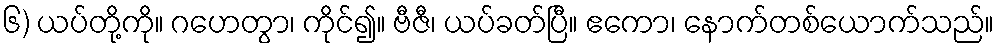
၆) ယပ်တို့ကို။ ဂဟေတွာ၊ ကိုင်၍။ ဗီဇီ၊ ယပ်ခတ်ပြီ။ ဧကော၊ နောက်တစ်ယောက်သည်။